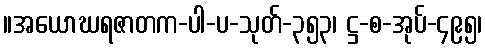
။အယောဃရဇာတက-ပါ-ပ-သုတ်-၃၅၃၊ ဋ္ဌ-စ-အုပ်-၄၉၅၊